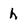
Character: h